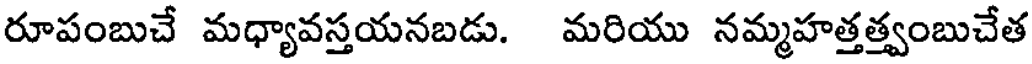
రూపంబుచే మధ్యావస్తయనబడు. మరియు నమ్మహత్తత్త్వంబుచేత